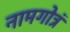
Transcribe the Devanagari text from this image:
नामगोत्रं